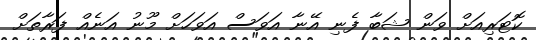
ކޮޓަރިއަށް ވަން ޝަބާ ފެނި އޭނާ އަވަސް އަވަހަށް މޫނު އަނެއް ފަރާތަށް